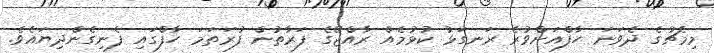
މިމެޗުގެ ދެވަނަ ހާފްއަށްވުރެ ރަނގަޅު ކުޅުމެއް ރާއްޖޭގެ ފަރާތުުން ފުރަތަމަ ހާފްގައި ފެނިގެންދިޔައެވެ.